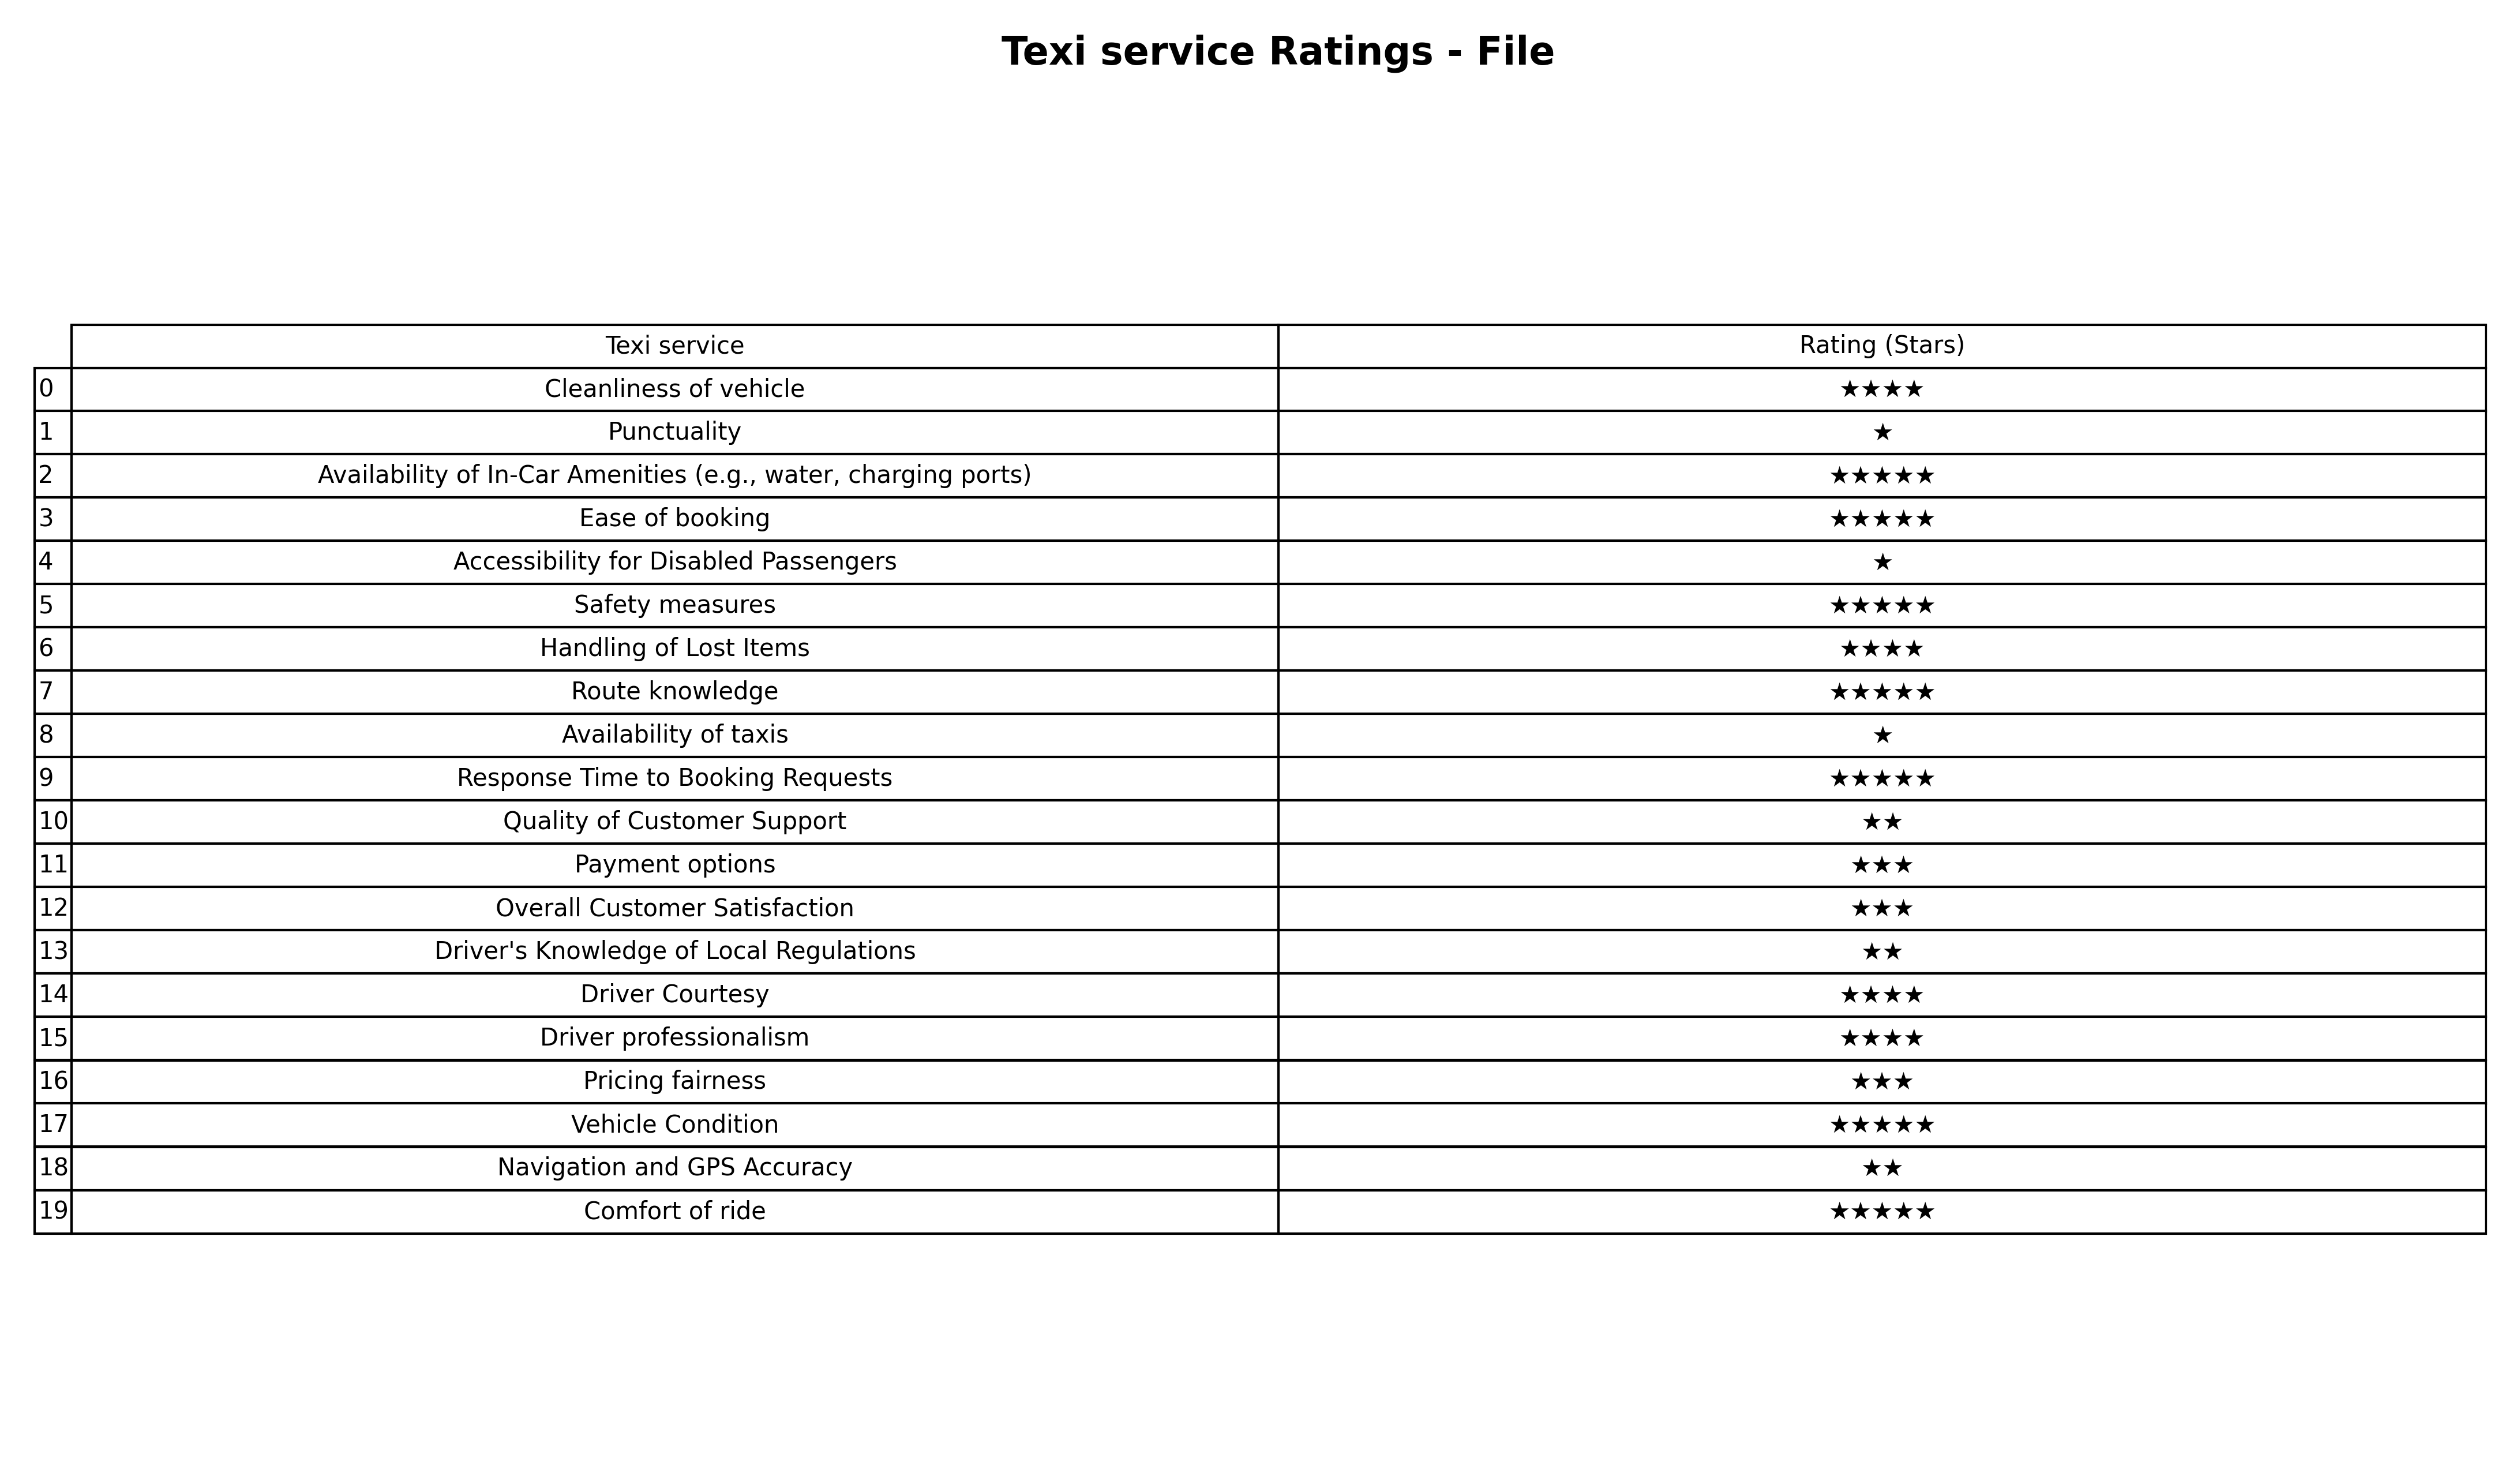
question: Which services are rated average?
answer: Payment optionsOverall Customer SatisfactionPricing fairness